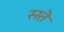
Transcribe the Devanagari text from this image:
स्स्ते